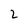
Character: 2